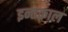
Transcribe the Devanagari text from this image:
इन्तक़ाल